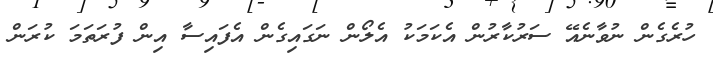
ހުރެގެން ނުވާނެއޭ ސަރުކާރުން އެކަމަކު އެލޯން ނަގައިގެން އެފައިސާ އިން ފުރަތަމަ ކުރަން